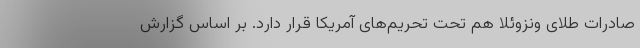
صادرات طلای ونزوئلا هم تحت تحریم‌های آمریکا قرار دارد. بر اساس گزارش